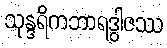
သုန္ဒရိကဘာရဒွါဇဿ